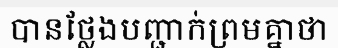
បានថ្លែងបញ្ជាក់ព្រមគ្នាថា